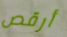
أرقص